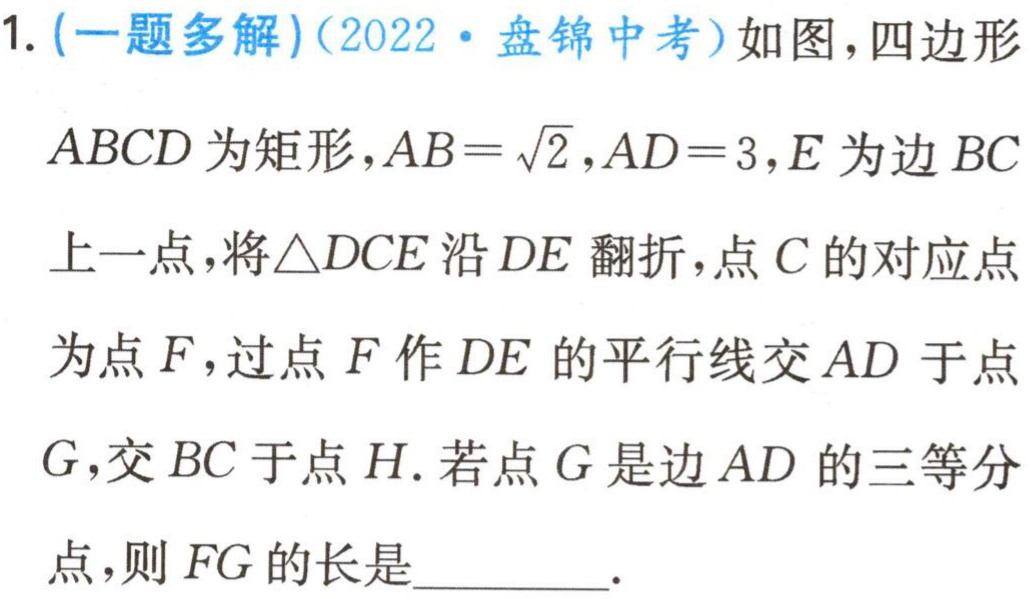
1. (一题多解)(2022·盘锦中考)如图，四边形

$ABCD$为矩形，$AB = \sqrt{2}$，$AD = 3$，$E$为边$BC$

上一点，将$\triangle DCE$沿$DE$翻折，点$C$的对应点

为点$F$，过点$F$作$DE$的平行线交$AD$于点

$G$，交$BC$于点$H$. 若点$G$是边$AD$的三等分

点，则$的长是________$FG．